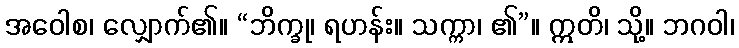
အဝေါစ၊ လျှောက်၏။ “ဘိက္ခု၊ ရဟန်း။ သက္ကာ၊ ၏”။ ဣတိ၊ သို့။ ဘဂဝါ၊